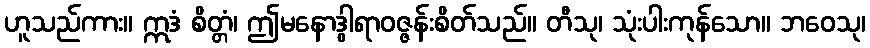
ဟူသည်ကား။ ဣဒံ စိတ္တံ၊ ဤမနောဒွါရာဝဇ္ဇန်းစိတ်သည်။ တီသု၊ သုံးပါးကုန်သော။ ဘဝေသု၊